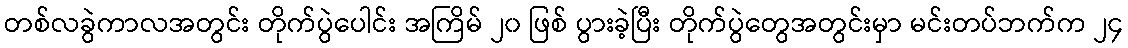
တစ်လခွဲကာလအတွင်း တိုက်ပွဲပေါင်း အကြိမ် ၂၀ ဖြစ် ပွားခဲ့ပြီး တိုက်ပွဲတွေအတွင်းမှာ မင်းတပ်ဘက်က ၂၄